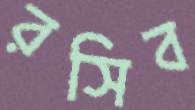
রসিব